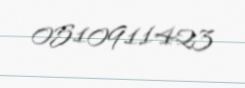
0510911423